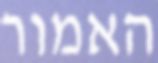
האמור